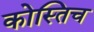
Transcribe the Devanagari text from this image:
कोस्तिच